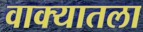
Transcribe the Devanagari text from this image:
वाक्यातला